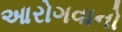
આરોગવાનો